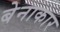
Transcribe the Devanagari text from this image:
बेनाकार